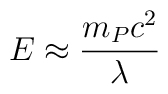
E \approx \frac{m_P c^2}{\lambda}